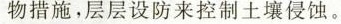
物措施，层层设防来控土壤侵蚀。